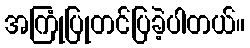
အကြုံပြုတင်ပြခဲ့ပါတယ်။